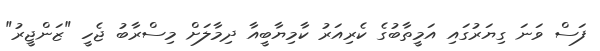
ފަސް ވަނަ ގިޔަރުގައި އަމީތާބުގެ ކެރިއަރު ކާމިޔާބީއާ ދިމާލަށް މިސްރާބު ޖެހީ "ޒަންޖީރު"